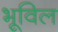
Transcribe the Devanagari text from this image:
भूविल